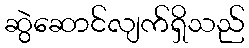
ဆွဲဆောင်လျက်ရှိသည်